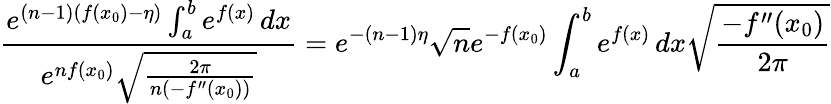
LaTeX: {\frac{e^{(n-1)(f(x_{0})-\eta)}\int_{a}^{b}e^{f(x)}\, dx}{e^{nf(x_{0})}{\sqrt{\frac{2\pi}{n(-f^{\prime\prime}(x_{0}))}}}}}=e^{-(n-1)\eta}{\sqrt{n}}e^{-f(x_{0})}\int_{a}^{b}e^{f(x)}\, dx{\sqrt{\frac{-f^{\prime\prime}(x_{0})}{2\pi}}}